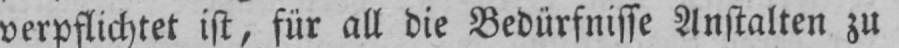
verpflichtet ist, für all die Bedürfnisse Anstalten zu